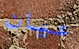
عيان